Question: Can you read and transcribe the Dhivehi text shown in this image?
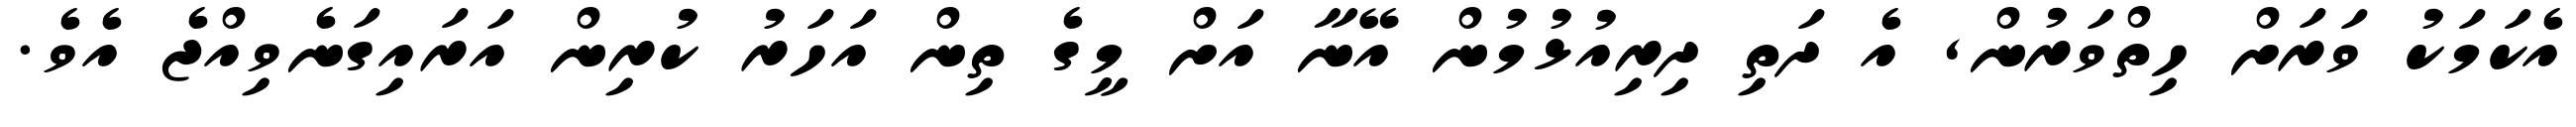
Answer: އެކަމަކު ވަރަށް ހިތްވަރުން, އެ ދަތި ދިރިއުޅުމުން އޭނާ އަށް މީގެ ތިން އަހަރު ކުރިން އަރައިގަނެވިއްޖެ އެވެ.